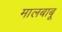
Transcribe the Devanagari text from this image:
मालबाबू